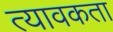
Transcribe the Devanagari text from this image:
त्यावकता